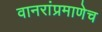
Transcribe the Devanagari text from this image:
वानरांप्रमाणेच